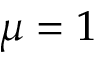
\mu = 1